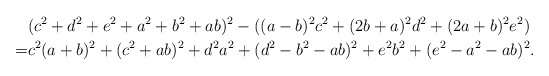
\begin{align*} &(c^2+d^2+e^2 + a^2+b^2+ab)^2 - ((a-b)^2c^2+(2b+a)^2 d^2 + (2a+b)^2 e^2) \\= & c^2(a+b)^2 + (c^2+ab)^2 + d^2a^2+ (d^2-b^2-ab)^2 +e^2b^2+(e^2-a^2-ab)^2. \end{align*}